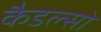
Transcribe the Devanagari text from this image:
कैडल्सो